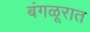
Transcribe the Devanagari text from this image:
बंगळूरात